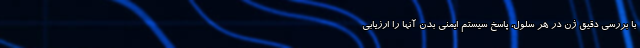
با بررسی دقیق ژن در هر سلول، پاسخ سیستم ایمنی بدن آنها را ارزیابی